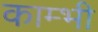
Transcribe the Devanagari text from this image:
काम्भी